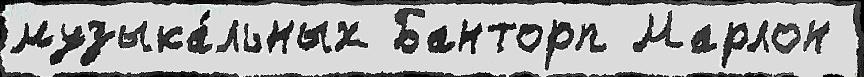
музыка́льных Банторп Марлон